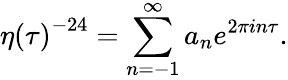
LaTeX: \eta\left({\tau}\right)^{-24}=\sum_{n=-1}^{\infty}a_{n}e^{2\pi in\tau}.